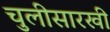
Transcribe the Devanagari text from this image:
चुलीसारखी